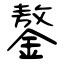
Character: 鏊